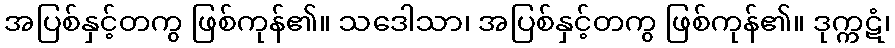
အပြစ်နှင့်တကွ ဖြစ်ကုန်၏။ သဒေါသာ၊ အပြစ်နှင့်တကွ ဖြစ်ကုန်၏။ ဒုက္ကဋံ၊